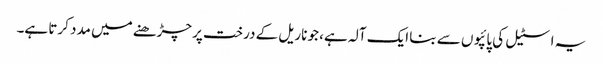
یہ اسٹیل کی پائپوں سے بنا ایک آلہ ہے، جو ناریل کے درخت پر چڑھنے میں مدد کرتا ہے۔